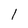
Character: l